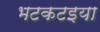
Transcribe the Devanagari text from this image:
भटकटइया